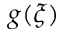
g ( \xi )